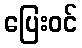
ပြေးဝင်